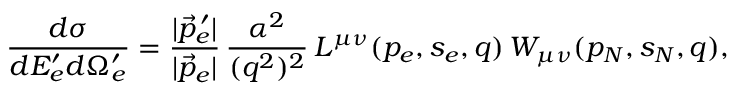
\frac { d \sigma } { d E _ { e } ^ { \prime } d \Omega _ { e } ^ { \prime } } = \frac { | \vec { p } _ { e } ^ { \, \prime } | } { | \vec { p } _ { e } | } \, \frac { \alpha ^ { 2 } } { ( q ^ { 2 } ) ^ { 2 } } \, L ^ { \mu \nu } ( p _ { e } , s _ { e } , q ) \, W _ { \mu \nu } ( p _ { N } , s _ { N } , q ) ,